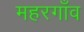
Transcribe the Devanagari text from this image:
महरगाँव